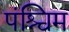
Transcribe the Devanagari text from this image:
पंश्चिम